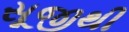
સૂજીથી